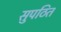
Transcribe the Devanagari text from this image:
सुपठित